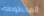
المخطوطة